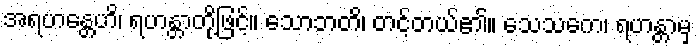
အရဟန္တေဟိ၊ ရဟန္တာတို့ဖြင့်။ သောဘတိ၊ တင့်တယ်၏။ သေသကေ၊ ရဟန္တာမှ